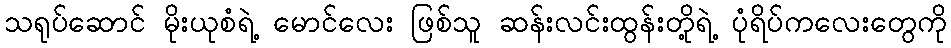
သရုပ်ဆောင် မိုးယုစံရဲ့ မောင်လေး ဖြစ်သူ ဆန်းလင်းထွန်းတို့ရဲ့ ပုံရိပ်ကလေးတွေကို